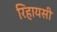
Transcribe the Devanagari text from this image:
रिहायसी